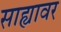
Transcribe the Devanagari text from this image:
साह्यावर